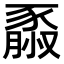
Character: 𧱮